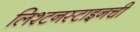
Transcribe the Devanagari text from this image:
लिश्टनस्टाइनची